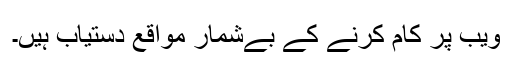
ویب پر کام کرنے کے بےشمار مواقع دستیاب ہیں۔